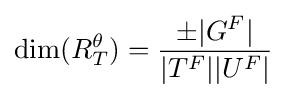
\dim(R_{T}^{\theta })={\pm |G^{F}| \over |T^{F}||U^{F}|}